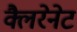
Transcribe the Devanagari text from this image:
क्लैरेनेट